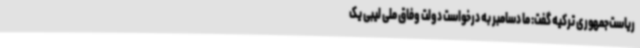
ریاست‌جمهوری ترکیه گفت: ما دسامبر به درخواست دولت وفاق ملی لیبی یک